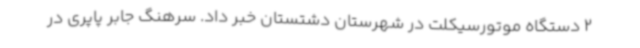
2 دستگاه موتورسیکلت در شهرستان دشتستان خبر داد. سرهنگ جابر پاپری در